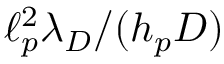
\ell _ { p } ^ { 2 } \lambda _ { D } / ( h _ { p } D )